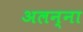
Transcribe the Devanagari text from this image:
अलन्ना